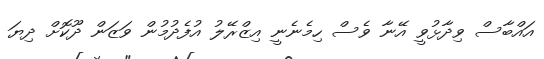
އައްބާސް ވިދާޅުވީ އޭނާ ވެސް ހިމެނެނީ އިޒްރޭލު އުފެދުމުން ވަޒަން ދޫކޮށް ދިޔަ